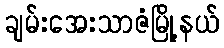
ချမ်းအေးသာဇံမြို့နယ်